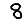
Digit: 8